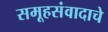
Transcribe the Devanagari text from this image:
समूहसंवादाचे